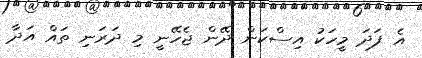
އެ ފަދަ މީހަކު އިސްކަން ދޭން ޖެހޭނީ މި ދަރަނި ތައް އަދާ